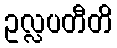
ဥလ္လပတီတိ